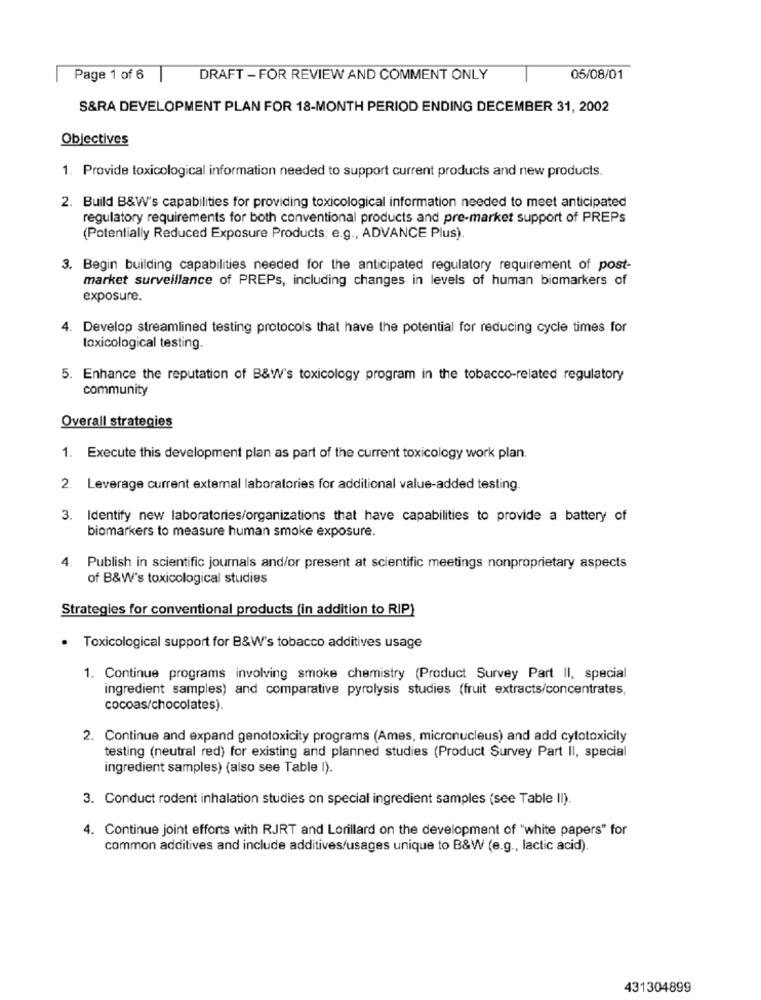
Page 1 of 6
DRAFT - FOR REVIEW AND COMMENT ONLY
05/08/01
S&RA DEVELOPMENT PLAN FOR 18-MONTH PERIOD ENDING DECEMBER 31, 2002
Objectives
1. Provide toxicological information needed to support current products and new products.
2. Build B&W's capabilities for providing toxicological information needed to meet anticipated
regulatory requirements for both conventional products and pre-market support of PREPs
(Potentially Reduced Exposure Products: e.g ., ADVANCE Plus).
3. Begin building capabilities needed for the anticipated regulatory requirement of post-
market surveillance of PREPs, including changes in levels of human biomarkers of
exposure.
4. Develop streamlined testing protocols that have the potential for reducing cycle times for
toxicological testing.
5. Enhance the reputation of B&W's toxicology program in the tobacco-related regulatory
community
Overall strategies
1. Execute this development plan as part of the current toxicology work plan.
2. Leverage current external laboratories for additional value-added testing.
3. Identify new laboratories/organizations that have capabilities to provide a battery of
biomarkers to measure human smoke exposure.
4.
Publish in scientific journals and/or present at scientific meetings nonproprietary aspects
of B&W's toxicological studies
Strategies for conventional products (in addition to RIP)
· Toxicological support for B&W's tobacco additives usage
1. Continue programs involving smoke chemistry (Product Survey Part II, special
ingredient samples) and comparative pyrolysis studies (fruit extracts/concentrates,
cocoas/chocolates).
2. Continue and expand genotoxicity programs (Ames, micronucleus) and add cytotoxicity
testing (neutral red) for existing and planned studies (Product Survey Part II, special
ingredient samples) (also see Table I).
3. Conduct rodent inhalation studies on special ingredient samples (see Table II).
4. Continue joint efforts with RJRT and Lorillard on the development of "white papers" for
common additives and include additives/usages unique to B&W (e.g ., lactic acid).
431304899